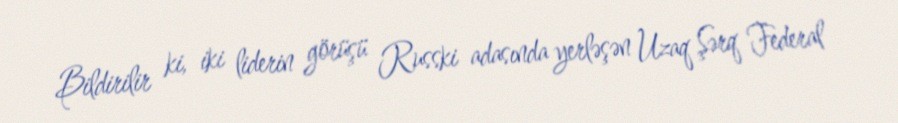
Bildirilir ki, iki liderin görüşü Russki adasında yerləşən Uzaq Şərq Federal